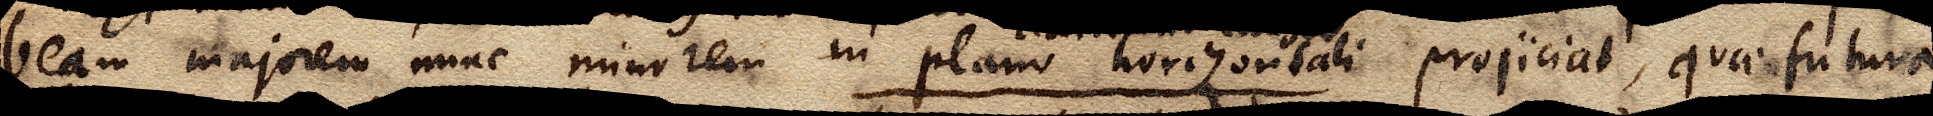
beam majorem nunc minorem in plano horizontali projiciat, quae futura